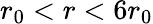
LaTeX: r_{0}<r<6r_{0}